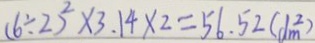
( 6 \div 2 ) ^ { 2 } \times 3 . 1 4 \times 2 = 5 6 . 5 2 ( d m ^ { 2 } )